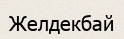
Желдекбай